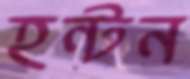
হন্টন